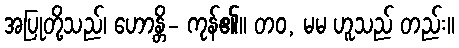
အပြုတို့သည်၊ ဟောန္တိ- ကုန်၏။ တဝ, မမ ဟူသည် တည်း။